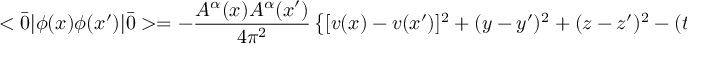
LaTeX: < \bar { 0 } | \phi ( x ) \phi ( x ^ { \prime } ) | \bar { 0 } > = - { \frac { A ^ { \alpha } ( x ) A ^ { \alpha } ( x ^ { \prime } ) } { 4 \pi ^ { 2 } } } \left\{ [ v ( x ) - v ( x ^ { \prime } ) ] ^ { 2 } + ( y - y ^ { \prime } ) ^ { 2 } + ( z - z ^ { \prime } ) ^ { 2 } - ( t - t ^ { \prime } ) ^ { 2 } \right\}